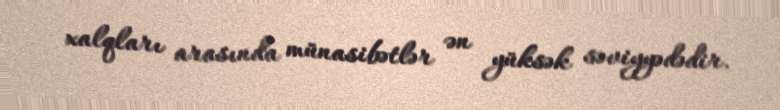
xalqları arasında münasibətlər ən yüksək səviyyədədir.